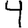
Digit: 4